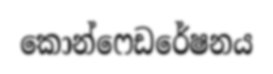
කොන්ෆෙඩරේෂනය